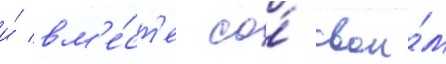
и́ вм'е́ст'е со́ свои́м